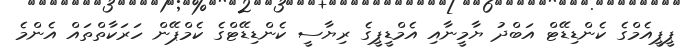
ޕީޕީއެމްގެ ކެންޑިޑޭޓް އަބްދު ޔާމީނާއި އެމްޑީޕީގެ ރިޔާސީ ކެންޑިޑޭޓްގެ ކެމްޕޭން ހަރަކާތްތައް އެންމެ